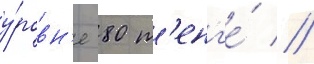
у́ровн'е 80 т'енг'е́ //